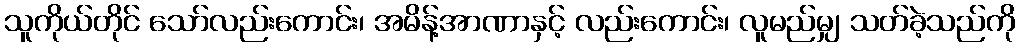
သူကိုယ်တိုင် သော်လည်းကောင်း၊ အမိန့်အာဏာနှင့် လည်းကောင်း၊ လူမည်မျှ သတ်ခဲ့သည်ကို